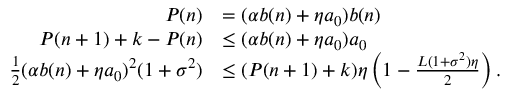
\begin{array} { r l } { P ( n ) } & { = ( \alpha b ( n ) + \eta a _ { 0 } ) b ( n ) } \\ { P ( n + 1 ) + k - P ( n ) } & { \leq ( \alpha b ( n ) + \eta a _ { 0 } ) a _ { 0 } } \\ { \frac 1 2 ( \alpha b ( n ) + \eta a _ { 0 } ) ^ { 2 } ( 1 + \sigma ^ { 2 } ) } & { \leq ( P ( n + 1 ) + k ) \eta \left( 1 - \frac { L ( 1 + \sigma ^ { 2 } ) \eta } 2 \right) . } \end{array}